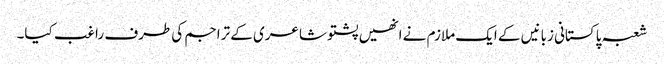
شعبہ پاکستانی زبانیں کے ایک ملازم نے انھیں پشتو شاعری کے تراجم کی طرف راغب کیا۔